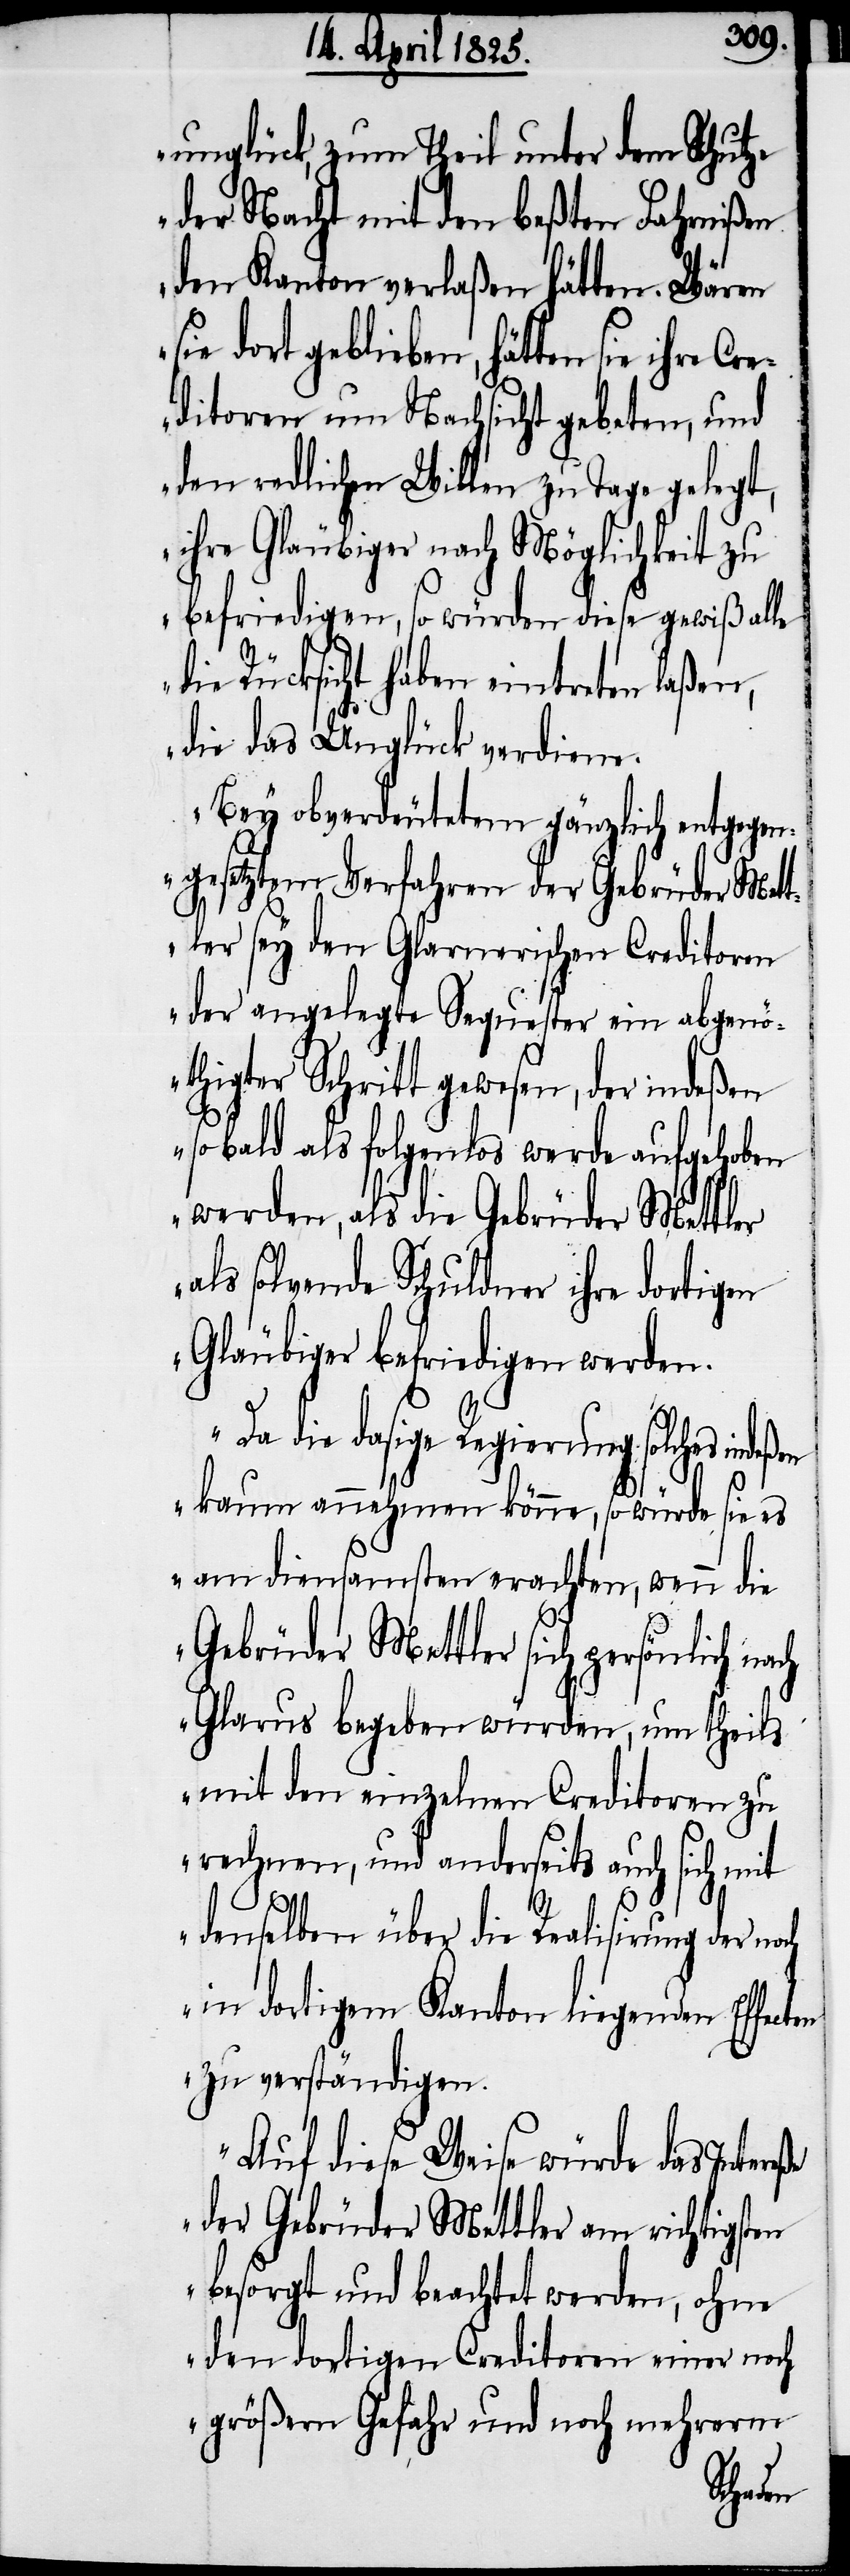
unglück, zum Theil unter dem Schutze
der Nacht mit den beßten Fahrnißen
den Kanton verlaßen hätten. Wären
ie dort geblieben, hätten sie ihre
ditoren um Nachsicht gebeten, und
den redlichen Willen zu Tage gelegt,
ihre Gläubiger nach Möglichkeit zu
befriedigen, so würden diese gewiß alle
die Rücksicht haben eintreten laßen,
die das Unglück verdiene.
Bey obverdeutetem gänzlich entgegen¬
gesetztem Verfahren der Gebrüder Mett¬
ler sey den Glarnerischen Creditoren
der angelegte Sequester ein abgenö¬
thigter Schritt gewesen, der indeßen
s¬
sobald als folgenlos werde aufgehoben
werden, als die Gebrüder Mettler
als solvende Schuldner ihre dortigen
Gläubiger befriedigen werden.
Da die dasige Regierung solches indeß¬
en kaum annehmen könne, so würde sie es
am diensamsten erachten, wenn die
Gebrüder Mettler sich persönlich
Glarus begeben würden, um theils
mit den einzelnen Creditoren zu
rechnen, und anderseits auch sich mit
denselben über die Realisirung der noch
in dortigem Kanton liegenden Effe¬
zu verständigen.
Auf diese Weise würde das Intereße
der Gebrüder Mettler am richtigsten
besorgt und beachtet werden, ohne
den dortigen Creditoren einer noch
größern Gefahr und noch mehrerm
cten